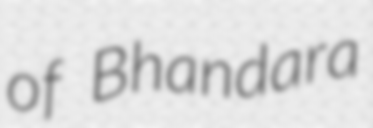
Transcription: of Bhandara